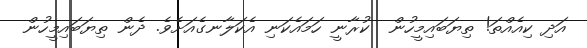
އަދި ކިއެއްތަ! ތިޔަބައިމީހުން  ކުރާނީ ހަމައެކަނި އެކަލާނގެއަށެވެ. ދެން ތިޔަބައިމީހުން